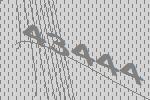
43444